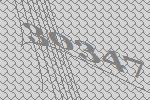
30347